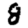
Digit: 8